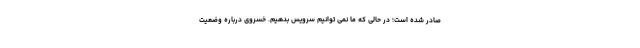
صادر شده است؛ در حالی که ما نمی توانیم سرویس بدهیم. خسروی درباره وضعیت